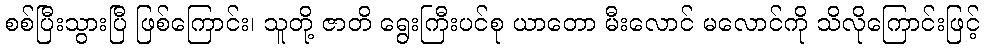
စစ်ပြီးသွားပြီ ဖြစ်ကြောင်း၊ သူတို့ ဇာတိ ရွေးကြီးပင်စု ယာတော မီးလောင် မလောင်ကို သိလိုကြောင်းဖြင့်